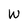
Character: W